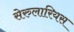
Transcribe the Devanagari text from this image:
सेरुलारियस